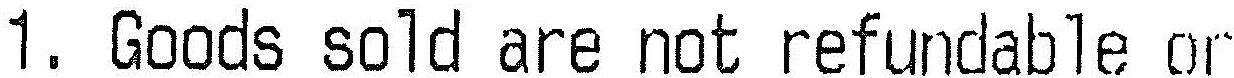
1. GOODS SOLD ARE NOT REFUNDABLE OR